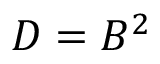
D = B ^ { 2 }